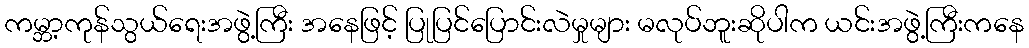
ကမ္ဘာ့ကုန်သွယ်ရေးအဖွဲ့ကြီး အနေဖြင့် ပြုပြင်ပြောင်းလဲမှုများ မလုပ်ဘူးဆိုပါက ယင်းအဖွဲ့ကြီးကနေ